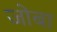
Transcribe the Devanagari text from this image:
जोबा